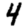
Digit: 4